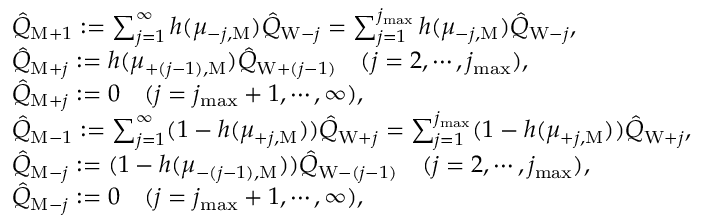
\begin{array} { r l } & { \hat { Q } _ { \mathrm { M } + 1 } : = \sum _ { j = 1 } ^ { \infty } h ( \mu _ { - j , \mathrm { M } } ) \hat { Q } _ { \mathrm { W } - j } = \sum _ { j = 1 } ^ { j _ { \operatorname* { m a x } } } h ( \mu _ { - j , \mathrm { M } } ) \hat { Q } _ { \mathrm { W } - j } , } \\ & { \hat { Q } _ { \mathrm { M } + j } : = h ( \mu _ { + ( j - 1 ) , \mathrm { M } } ) \hat { Q } _ { \mathrm { W } + ( j - 1 ) } \quad ( j = 2 , \cdots , j _ { \operatorname* { m a x } } ) , } \\ & { \hat { Q } _ { \mathrm { M } + j } : = 0 \quad ( j = j _ { \operatorname* { m a x } } + 1 , \cdots , \infty ) , } \\ & { \hat { Q } _ { \mathrm { M } - 1 } : = \sum _ { j = 1 } ^ { \infty } ( 1 - h ( \mu _ { + j , \mathrm { M } } ) ) \hat { Q } _ { \mathrm { W } + j } = \sum _ { j = 1 } ^ { j _ { \operatorname* { m a x } } } ( 1 - h ( \mu _ { + j , \mathrm { M } } ) ) \hat { Q } _ { \mathrm { W } + j } , } \\ & { \hat { Q } _ { \mathrm { M } - j } : = ( 1 - h ( \mu _ { - ( j - 1 ) , \mathrm { M } } ) ) \hat { Q } _ { \mathrm { W } - ( j - 1 ) } \quad ( j = 2 , \cdots , j _ { \operatorname* { m a x } } ) , } \\ & { \hat { Q } _ { \mathrm { M } - j } : = 0 \quad ( j = j _ { \operatorname* { m a x } } + 1 , \cdots , \infty ) , } \end{array}